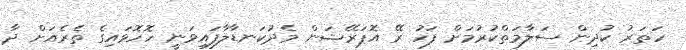
ހަތަރު ކުދިން ސަލާމަތްކުރުމަށް ފަހު ރޭ އޮޕަރޭޝަން މެެދުކަނޑާލާފައިވަނީ ހޮހޮޅައިގެ ތެރެއަށް ދާ